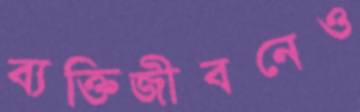
ব্যক্তিজীবনেও